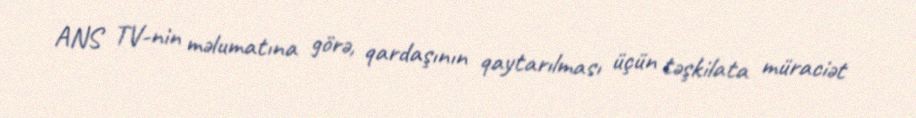
ANS TV-nin məlumatına görə, qardaşının qaytarılması üçün təşkilata müraciət